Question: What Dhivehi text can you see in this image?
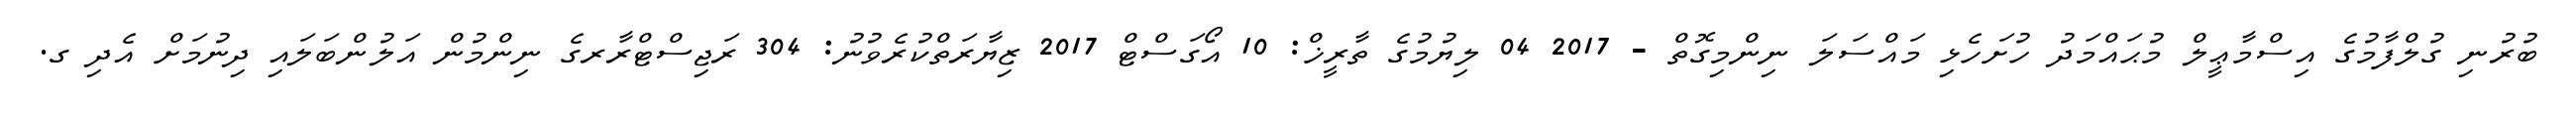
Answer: ބުރުނި ގުލްފާމުގެ އިސްމާޢީލް މުޙައްމަދު ހުށަހެޅި މައްސަލަ ނިންމިގޮތް - 2017 04 ލިޔުމުގެ ތާރީޚް: 10 އޯގަސްޓް 2017 ޒިޔާރަތްކުރެވުނު: 304 ރަޖިސްޓްރާރގެ ނިންމުން އަލުންބަލައި ދިނުމަށް އެދި ގ.